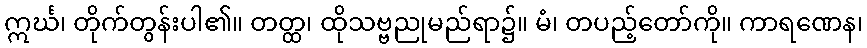
ဣင်္ဃ၊ တိုက်တွန်းပါ၏။ တတ္ထ၊ ထိုသဗ္ဗညုမည်ရာ၌။ မံ၊ တပည့်တော်ကို။ ကာရဏေန၊